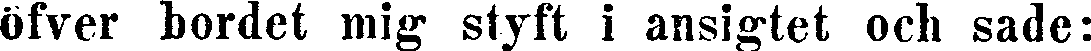
öfver bordet mig styft i ansigtet och sade: